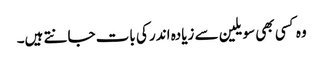
وہ کسی بھی سویلین سے زیادہ اندر کی بات جانتے ہیں۔